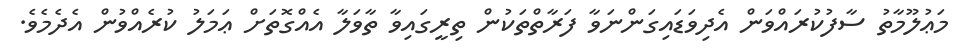
މަޢުލޫމާތު ސާފުކުރައްވަން އެދިވަޑައިގަންނަވާ ފަރާތްތަކުން ތިރީގައިވާ ތާވަލާ އެއްގޮތަށް ޢަމަލު ކުރެއްވުން އެދެމެވެ.